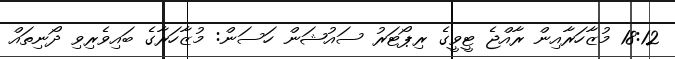
18:12 މުޒާހަރާއިން ރާއްޖެ ޓީވީގެ ރިޕޯޓަރު ސައުޝަން ހަސަން: މުޒާހަރާގެ ބައިވެރިވި ދޯނިތައް